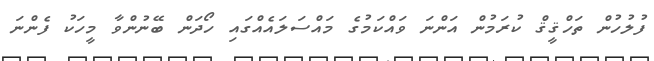
ފުލުހުން ތަހްޤީޤް ކުރަމުން އަންނަ ވައްކަމުގެ މައްސަލައެއްގައި ހޯދަން ބޭނުންވާ މީހަކު ފެންނަ